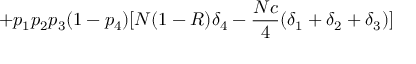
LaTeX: + p _ { 1 } p _ { 2 } p _ { 3 } ( 1 - p _ { 4 } ) [ N ( 1 - R ) \delta _ { 4 } - { \frac { N c } { 4 } } ( \delta _ { 1 } + \delta _ { 2 } + \delta _ { 3 } ) ]